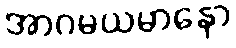
အာဂမယမာနော